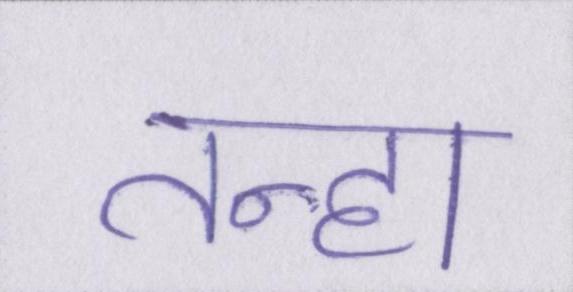
तन्हा